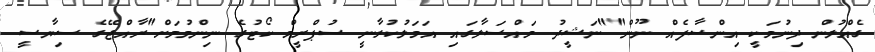
ގެއްލުން ދިނުމަކީ އިންސާފެއް ނޫން""ނަޝީދު މައްސަލާގައި އަމަލުކުރާނީ ސުޕްރީމް ކޯޓުގެ ނިންމުމަށް"ރާއްޖޭގެ ސިޔާސީ